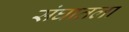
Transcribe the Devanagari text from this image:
संघातला